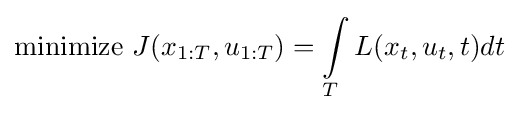
{\text{minimize }}J(x_{1:T},u_{1:T})=\int \limits _{T}L(x_{t},u_{t},t)dt